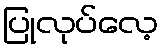
ပြုလုပ်လေ့